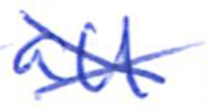
Text: all
Cross-out: cross
Writing tool: ballpoint